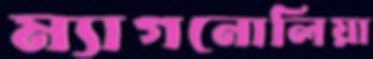
ম্যাগনোলিয়া